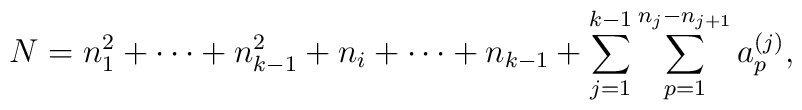
N=n_1^2 + \cdots + n_{k-1}^2 +n_i + \cdots + n_{k-1}+\sum_{j=1}^{k-1} \sum_{p=1}^{n_j -n_{j+1}} a^{(j)}_{p},